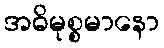
အဓိမုစ္စမာနော